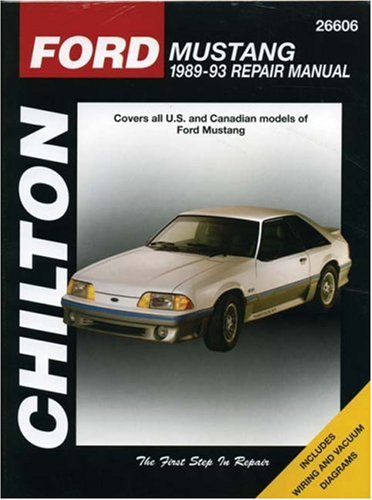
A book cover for Ford Mustang, 1989-93 (Chilton Total Car Care Series Manuals); Chilton; Engineering & Transportation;